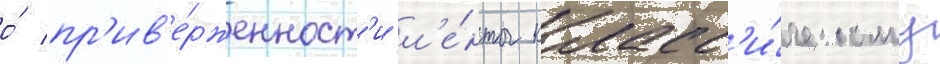
о́ пр'ив'е́рженност'и л'е́нты класс'и́ческому